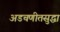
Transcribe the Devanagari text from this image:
अडचणीतसुद्धा